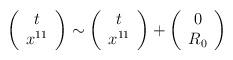
\begin{align*}\left(\begin{array}{c}t \\x^{11}\end{array}\right) \sim \left(\begin{array}{c}t \\x^{11}\end{array}\right) +\left(\begin{array}{c}0 \\R_{0}\end{array}\right)\end{align*}